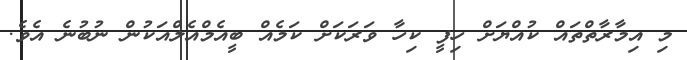
މި އިމާރާތްތައް ކުއްޔަށް ހިފީ ކިހާ ވަރަކަށް ކަމެއް ބީއެމްއެލްއަކުން ނުބުނެ އެވެ.